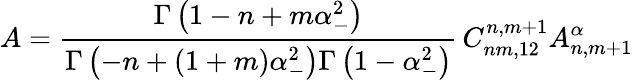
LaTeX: A=\frac{\Gamma\left(1-n+m\alpha_{-}^{2}\right)}{\Gamma\left(-n+(1+m)\alpha_{-}^{2}\right)\Gamma\left(1-\alpha_{-}^{2}\right)}\, C_{nm,12}^{n,m+1}A_{n,m+1}^{\alpha}